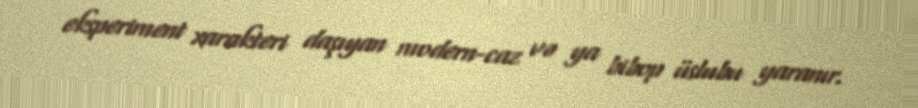
eksperiment xarakteri daşıyan modern-caz və ya bibop üslubu yaranır.